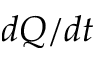
d Q / d t